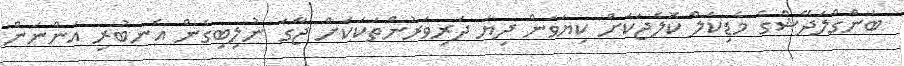
ބަންގްލަދޭޝްގެ މެޑިކަލް ކޮލެޖަކަށް ކިޔަވަން ދިޔަ ދަރިވަރުންތަކަކަށް ޖާގަ ނުލިބިގެން އެނބުރި އަންނަން